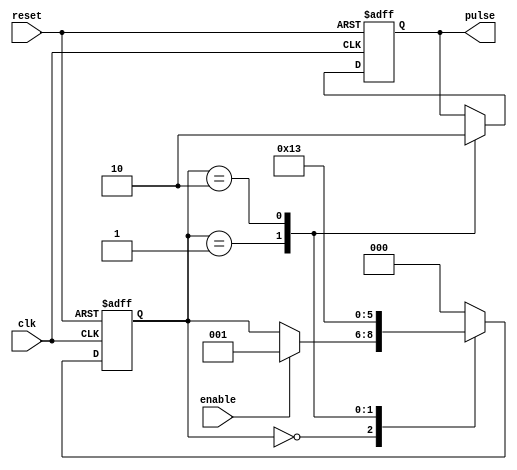
module PulseGenerator(
    input clk,
    input reset,
    input enable,
    output reg pulse
);

reg [2:0] state;

always @ (posedge clk or posedge reset) begin
    if (reset) begin
        state <= 3'b000;
        pulse <= 0;
    end else begin
        case (state)
            3'b000: begin
                if (enable)
                    state <= 3'b001;
            end
            3'b001: begin
                state <= 3'b010;
                pulse <= 1;
            end
            3'b010: begin
                pulse <= 0;
                state <= 3'b011;
            end
            default: begin
                state <= 3'b000;
            end
        endcase
    end
end

endmodule